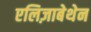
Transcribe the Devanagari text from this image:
एलिज़ाबेथेन